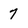
Character: 7